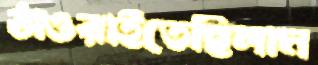
ঠাওরাইতেছিলাম